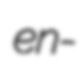
en-